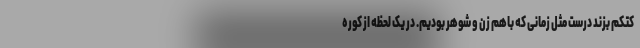
کتکم بزند درست مثل زمانی که باهم زن و شوهر بودیم. در یک لحظه از کوره